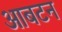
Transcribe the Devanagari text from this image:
आबटन